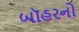
બૉહરનો